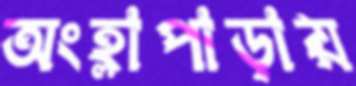
অংহ্লাপাড়ায়